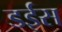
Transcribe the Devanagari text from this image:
डईस